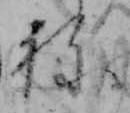
ね